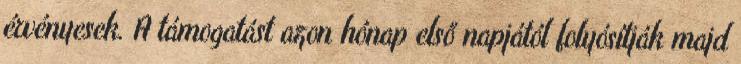
érvényesek. A támogatást azon hónap első napjától folyósítják majd